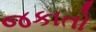
જકાતો